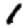
Digit: 1